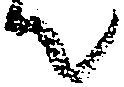
て